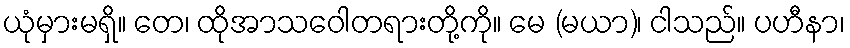
ယုံမှားမရှိ။ တေ၊ ထိုအာသဝေါတရားတို့ကို။ မေ (မယာ)၊ ငါသည်။ ပဟီနာ၊